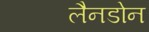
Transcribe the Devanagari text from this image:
लैनडोन